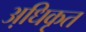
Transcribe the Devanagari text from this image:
अधि़कृत